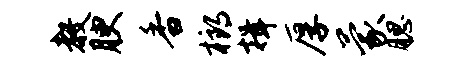
教腴香榔揖厚蒙腮